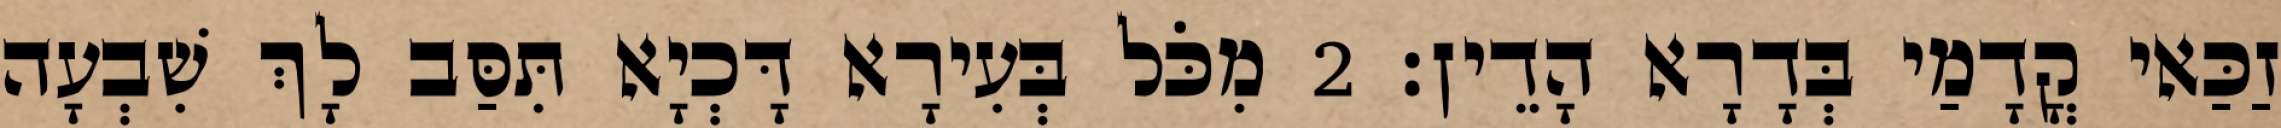
זַכַּאי קֳדָמַי בְּדָרָא הָדֵין׃ 2 מִכֹּל בְּעִירָא דָּכְיָא תִּסַּב לָךְ שִׁבְעָה